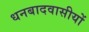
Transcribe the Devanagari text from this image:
धनबादवासीयों